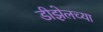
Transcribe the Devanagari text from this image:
डीझेलच्या